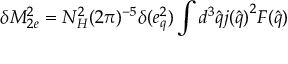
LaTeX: \delta M _ { 2 e } ^ { 2 } = N _ { H } ^ { 2 } ( 2 \pi ) ^ { - 5 } { \delta ( e _ { q } ^ { 2 } ) } \int d ^ { 3 } { \hat { q } } { j ( { \hat { q } } ) } ^ { 2 } F ( { \hat { q } } )